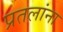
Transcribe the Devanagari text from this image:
प्रतलांना